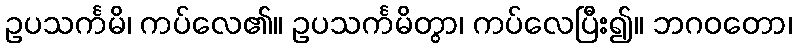
ဥပသင်္ကမိ၊ ကပ်လေ၏။ ဥပသင်္ကမိတွာ၊ ကပ်လေပြီး၍။ ဘဂဝတော၊